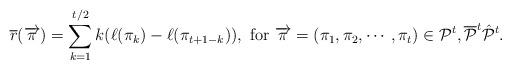
LaTeX: \begin{align*}\overline{r}(\overrightarrow{\pi})=\sum_{k=1}^{t/2}k(\ell(\pi_{k})-\ell(\pi_{t+1-k})),\text{ for }\overrightarrow{\pi}=(\pi_{1},\pi_{2},\cdots,\pi_{t})\in\mathcal{P}^t, \mathcal{\overline{P}}^t \mathcal{\hat{P}}^t.\end{align*}